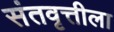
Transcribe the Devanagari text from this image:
संतवृत्तीला